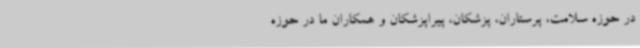
در حوزه سلامت، پرستاران، پزشکان، پیراپزشکان و همکاران ما در حوزه